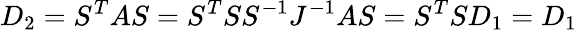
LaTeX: D_{2}=S^{T}AS=S^{T}SS^{-1}J^{-1}AS=S^{T}SD_{1}=D_{1}